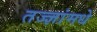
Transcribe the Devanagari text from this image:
तज्ज्ञांमधे